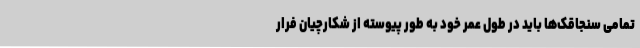
تمامی سنجاقک‌ها باید در طول عمر خود به طور پیوسته از شکارچیان فرار